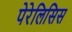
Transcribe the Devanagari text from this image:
पेरेलिसिस